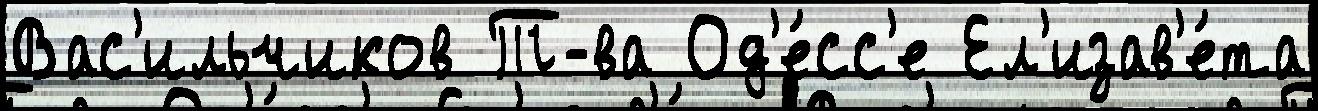
Вас'ильчиков Т-ва Од'е́сс'е Ел'изав'е́та